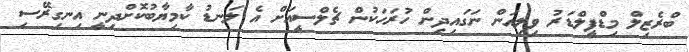
ބްރެޒިލް މިޑްފީލްޑަރު ވިލިއަން ނަގައިދިން ހުރަހަކުން ޗެލްސީއަށް އެ ލަނޑު ކާމިޔާބުކޮށްދިނީ އިނގިރޭސި